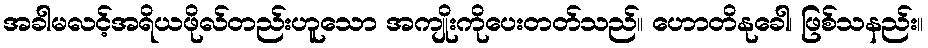
အခါမလင့်အရိယဖိုလ်တည်းဟူသော အကျိုးကိုပေးတတ်သည်။ ဟောတိနုခေါ၊ ဖြစ်သနည်း။